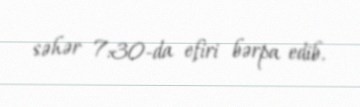
səhər 7:30-da efiri bərpa edib.